Mental hospitals Bombay report 1929-33 - 1929-1933
Year: 1929
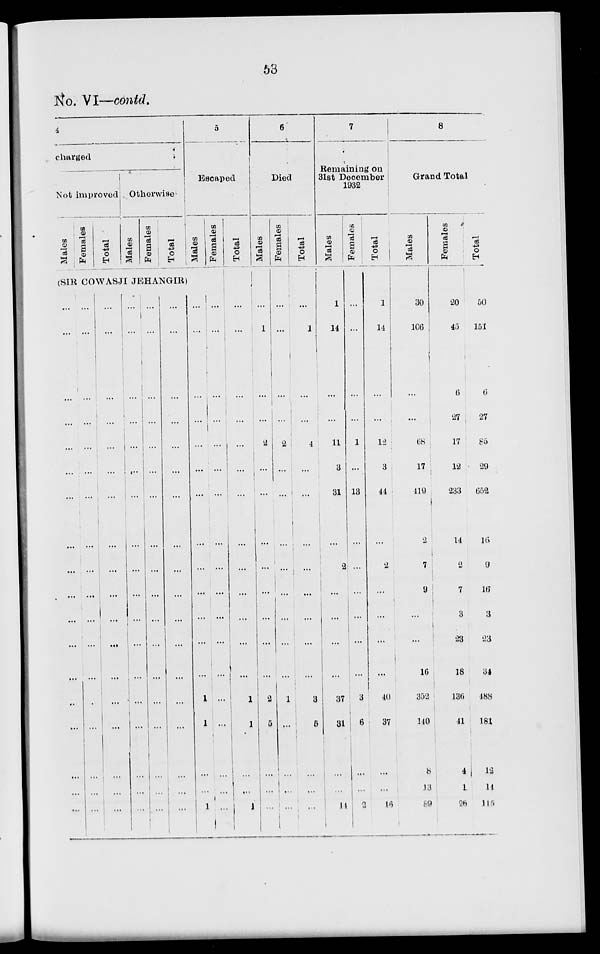
53
No. VI—contd.
4
charged
Not improved
Males
Females
Total
Otherwise
Males
Females
Total
5
Escaped
Males
Females
(SIR COWASJI JEHANGIR)
...
...
...
...
...
...
...
...
...
...
...
...
...
...
...
...
...
...
...
...
...
...
...
...
...
...
...
...
...
...
...
...
...
...
...
...
...
...
...
...
...
...
...
...
...
...
...
...
...
...
...
...
...
...
...
...
...
...
...
...
...
...
...
...
...
...
...
...
...
...
...
...
...
...
...
...
...
...
...
...
...
...
...
...
...
...
...
...
...
...
...
...
...
...
...
...
...
...
...
...
...
...
...
...
...
...
...
...
...
...
...
...
...
...
...
...
...
...
...
...
1
1
...
...
1
...
...
...
...
...
...
...
...
...
...
...
...
...
...
...
...
...
...
Total
...
...
...
...
...
...
...
...
...
...
...
...
...
1
...
...
...
1
6
Died
Males
...
1
...
...
2
...
...
...
...
...
...
...
...
2
5
...
...
...
Females
...
...
...
...
2
...
...
...
...
...
...
...
...
1
...
...
...
...
Total
...
1
...
...
4
...
...
...
...
...
...
...
...
3
6
...
...
...
7
Remaining on
31st December
1932
Males
1
14
...
...
11
3
31
...
2
...
...
...
...
37
31
...
...
14
Females
...
...
...
...
1
...
13
...
...
...
...
...
...
3
6
...
...
2
Total
1
11
...
...
12
3
44
...
2
...
...
...
...
40
37
...
...
16
8
Grand Total
Males
30
106
...
...
68
17
419
2
7
9
...
...
16
352
140
8
13
89
Females
20
45
6
27
17
12
233
14
2
7
3
23
18
136
41
4
1
26
Total
50
151
6
27
85
29
652
16
9
l6
3
23
34
488
181
12
14
115